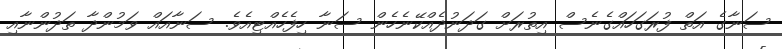
ސަނާގެ އަތް ފުރަގަހައްގެނެސް އިތުރަށް ގަދަނުދެއްކޭނެހެން ސަނާ ހިފެހެއްޓިއެވެ. ސަނާއައް ވަމުންދާ ތަދުންނާއި